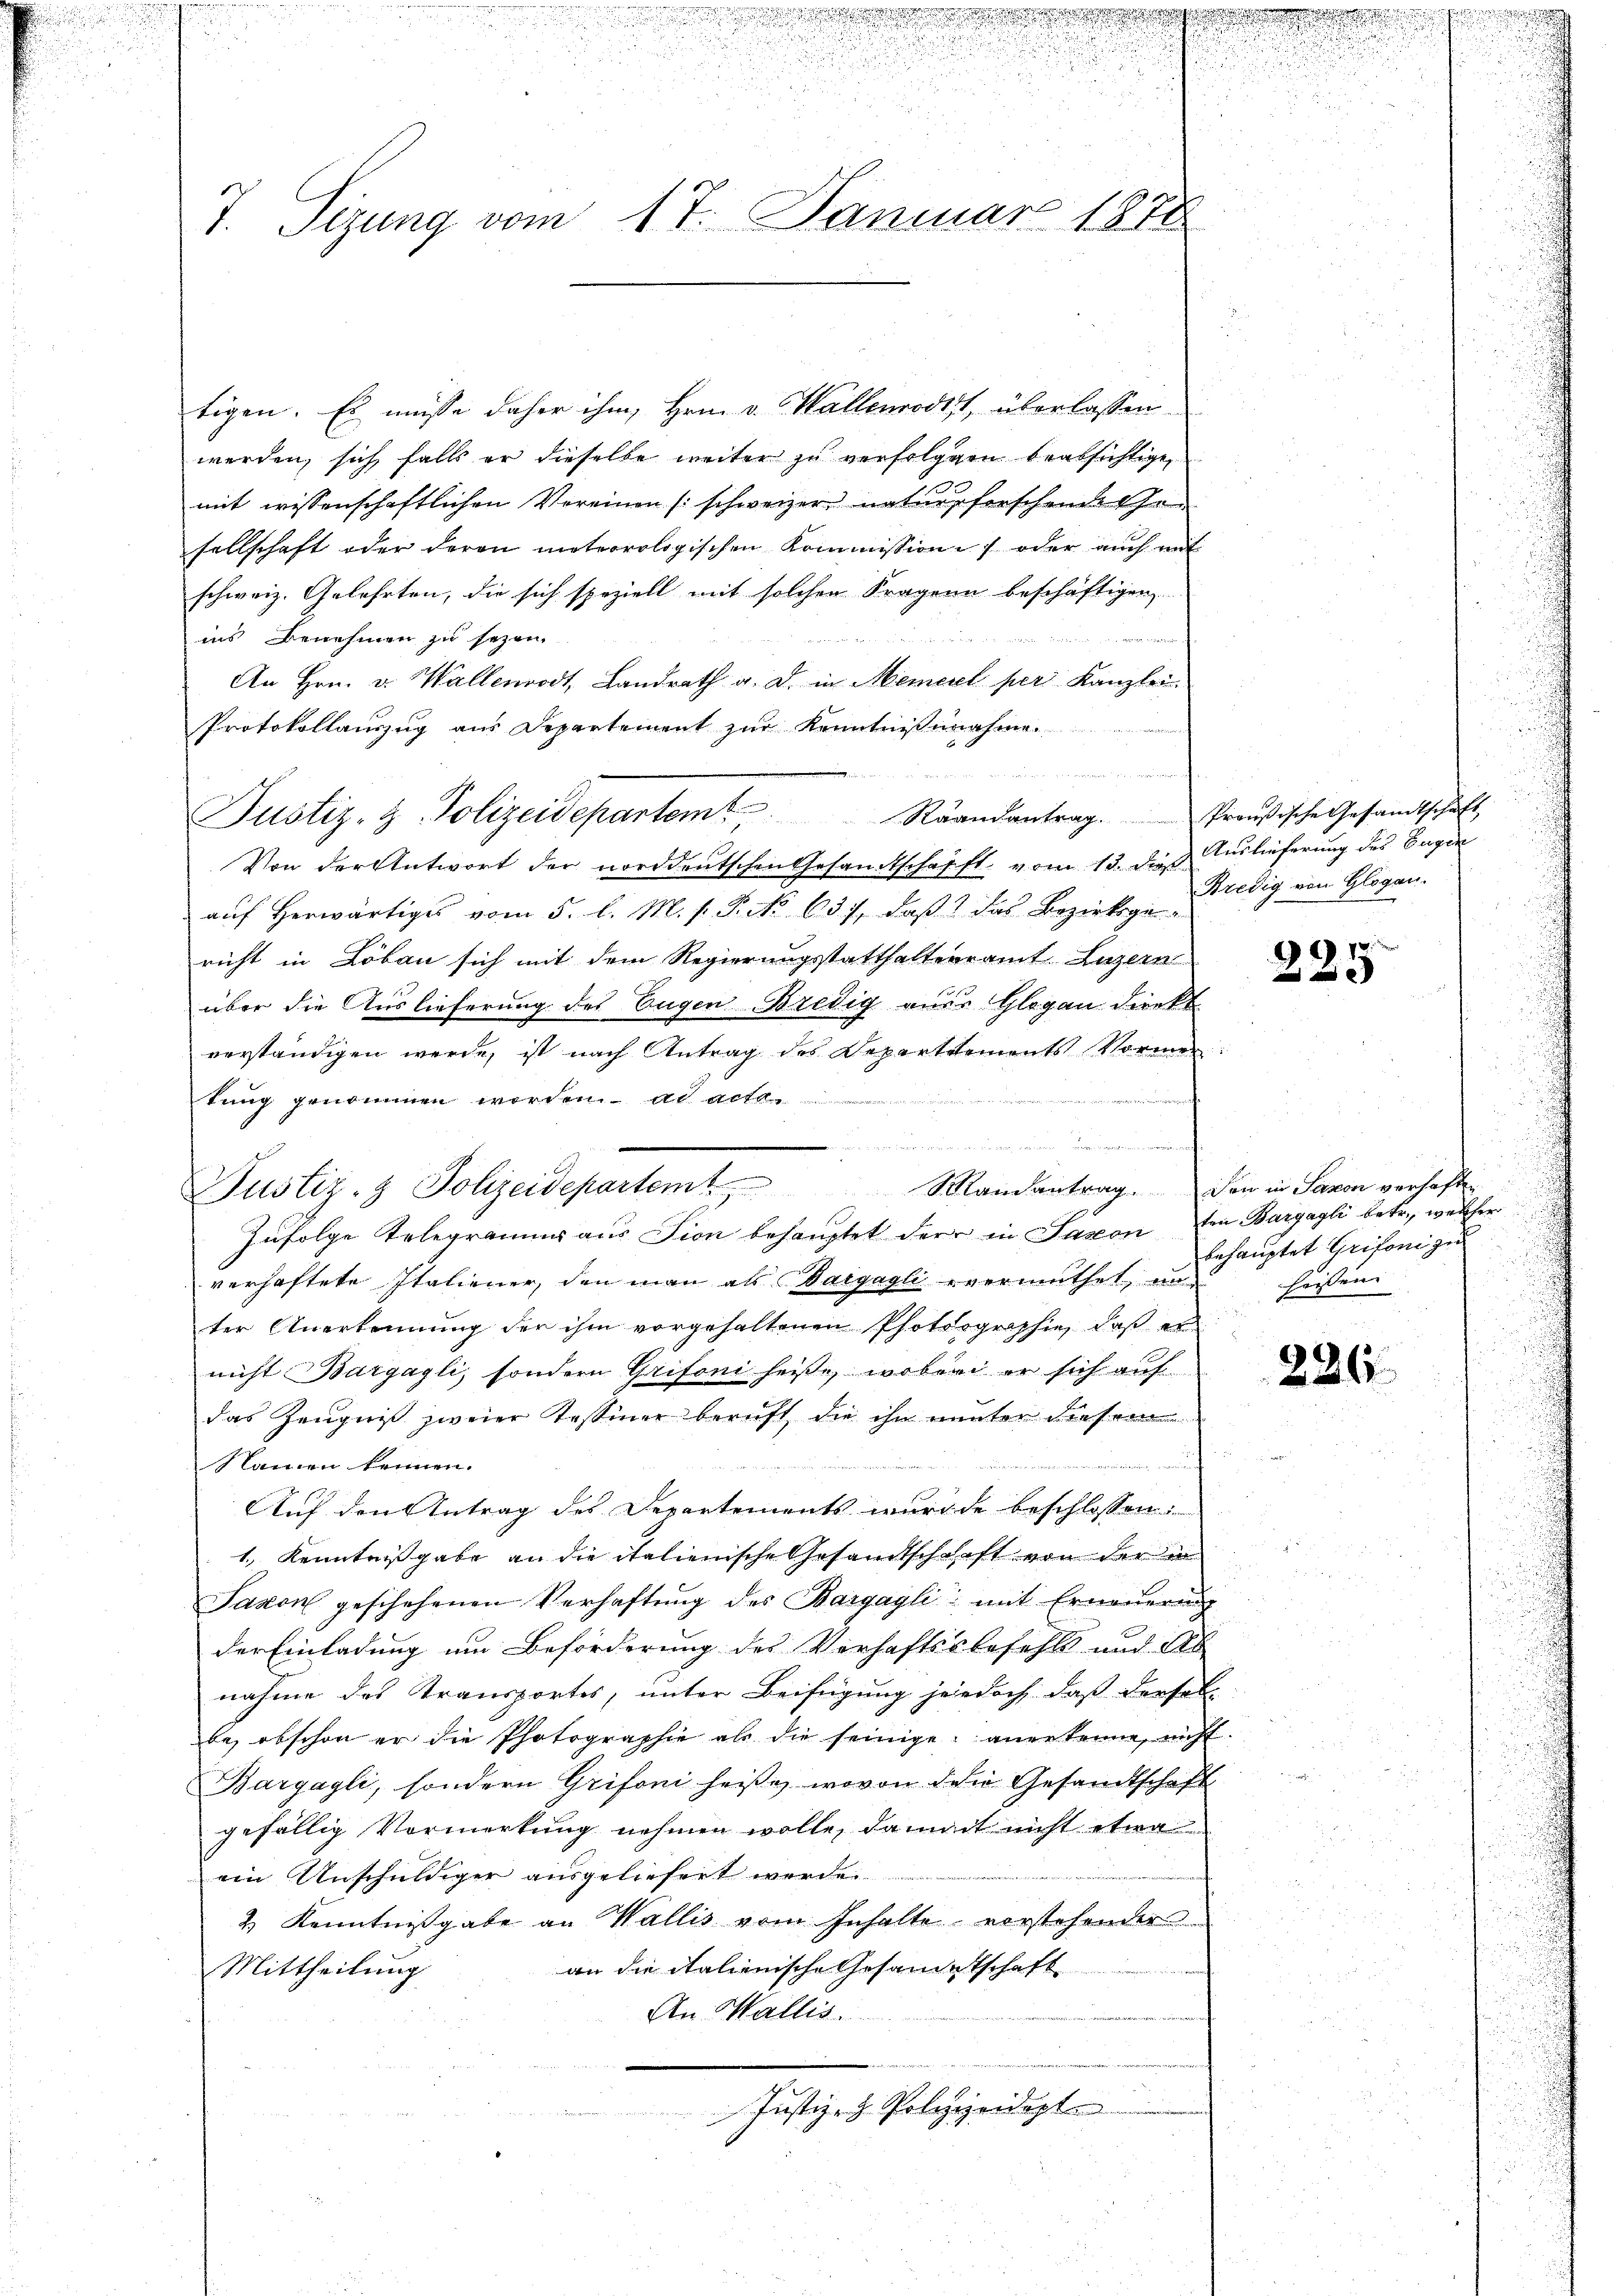
tigen. Es müsse daher ihm, Hrn. v. Wallenrodts, überlassen.
werden, sich falls er dieselbe weiter zu verfolgen beabsichtige,
mit wissenschaftlichen Vereinen (schweizer natur herscheine Gesellschaft oder deren meteorologischen Kommission oder auch mit
schweiz. Gelehrten, die sich speziell mit solchen Fragenn beschäftigen,
un eine
ins Benehmen zu sezen.

An Hrn. v. Wallenrodt, Landrath a. D. in Mement per Kanzlei-
Protokollauszug aus Departement zur Kenntnissenahme
Raandantrag. Preußische Gesandtschaft
Von der Antwort der norddeutschen Gesandtschafft, vom 13. dieß Auslieferung des Eugen
auf herwärtiges vom 5. l. M. s. S. No 637, daß das Bezirksgericht in Löbau sich mit dem Regierungsstatthalteramt Luzern
über die Auslieferung des Eugen Bredig aus Glogau direkt
verständigen werde, ist nach Antrag des Departements Vormertung genommen worden. ad acte

Zufolge Telegramm aus Tion behauptet der in Saxon ten Baryagli betr., welcher
verhaftete Italiener, den man als Vaigagli vermuthet, an heißen
ter Anerkennung der ihm vorgehaltenen Photographie, daß er
nicht Bargagli, sondern Grifoni heiße, wobei er sich auf
das Zeugnis zweier Tessiner beruft, die ihn nunter diesen
Namen kennen.
t
Auf den Antrag des Departements wurde beschlossen:
1., Kenntnißgabe an die italienische Gesandtschchaft von der e
Saxon geschehenen Verhaftŭng des Bargagli mit Erneuerung
der Einladung um Beförderung des Verhaftsbefehls und Ab
nahme des Transportes, unter Beifügung jedoch, daß dersel
be, obschon er die Photographie als die seinige anerkenne, nicht
Bargagli, sondern Grifoni heiße, wovon den Gesandtschaft
gefällig Vormerkung nehmen wolle, damit nicht etwa
ein Unschuldiger ausgeliefert werde.
2. Kenntnißgabe an Wallis vom Inhalte vorstehender
an die italienische Gesandtschaft
Mittheilung
An Wallis.
Justiz- & Polizeidept

.
e

.

u
2
u
.
zu
T. Sizung vom 17. Januar 1878

Justiz- & Polizeidepartemt

Justiz- & Johzeidepartem Mandantrag. Den in Savon verhafte

Bredig von Glogen.

d

27

n
behauptet Grifoni zu
s

226.